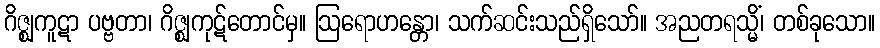
ဂိဇ္ဈကူဋာ ပဗ္ဗတာ၊ ဂိဇ္ဈကုဋ်တောင်မှ။ ဩရောဟန္တော၊ သက်ဆင်းသည်ရှိသော်။ အညတရသ္မိံ၊ တစ်ခုသော။